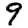
Digit: 9